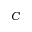
C